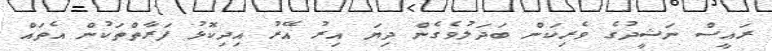
ރައީސް ނަޝީދުގެ ވެރިކަން ބަދަލުވެގެން ދިޔަ އިރު އޭރު އިދިކޮޅު ފަރާތްތަކުން އެތައް